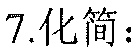
7.化简：